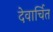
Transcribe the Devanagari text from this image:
देवार्चित